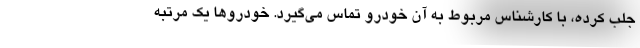
جلب کرده، با کارشناس مربوط به آن خودرو تماس می‌گیرد. خودروها یک مرتبه